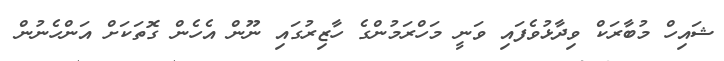
ޝައިހް މުބާރަކް ވިދާޅުވެފައި ވަނީ މަހްރަމުންގެ ހާޒިރުގައި ނޫން އެހެން ގޮތަކަށް އަންހެނުން